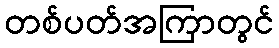
တစ်ပတ်အကြာတွင်